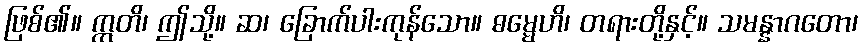
ဖြစ်၏။ ဣတိ၊ ဤသို့။ ဆ၊ ခြောက်ပါးကုန်သော။ ဓမ္မေဟိ၊ တရားတို့နှင့်။ သမန္နာဂတော၊